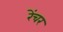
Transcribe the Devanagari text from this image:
रेंचर